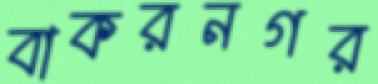
বাকরনগর